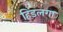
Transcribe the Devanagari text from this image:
हिंडलगा